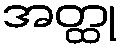
အတ္ထု